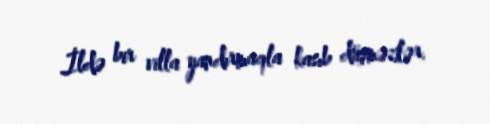
İldə bir villa yandırmaqla kasıb düşməzlər.